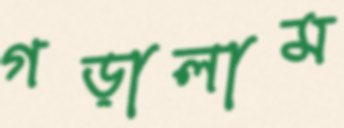
গড়ালাম